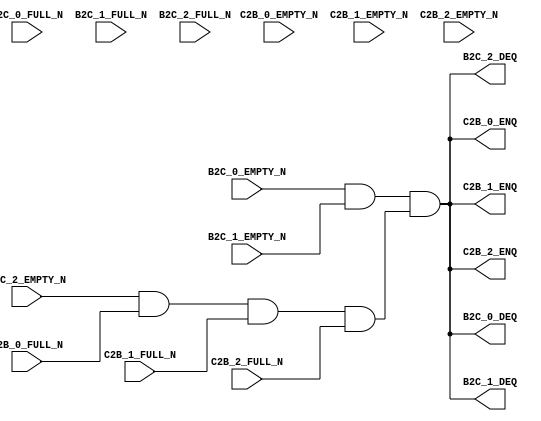
module mkChkNodeCtrl (
      B2C_0_DEQ,
      B2C_0_EMPTY_N,
      B2C_0_FULL_N,
                   
      B2C_1_DEQ,
      B2C_1_EMPTY_N,
      B2C_1_FULL_N,
                   
      B2C_2_DEQ,
      B2C_2_EMPTY_N,
      B2C_2_FULL_N,

      C2B_0_EMPTY_N,
      C2B_0_FULL_N,

      C2B_1_EMPTY_N,
      C2B_1_FULL_N,

      C2B_2_EMPTY_N,
      C2B_2_FULL_N,

      C2B_0_ENQ,
      C2B_1_ENQ,
      C2B_2_ENQ
   );
  output   B2C_0_DEQ;
  output   B2C_1_DEQ;
  output   B2C_2_DEQ;
  output   C2B_0_ENQ;
  output   C2B_1_ENQ;
  output   C2B_2_ENQ;

  input    B2C_0_EMPTY_N;
  input    B2C_0_FULL_N;
                  
  input    B2C_1_EMPTY_N;
  input    B2C_1_FULL_N;
                  
  input    B2C_2_EMPTY_N;
  input    B2C_2_FULL_N;

  input    C2B_0_EMPTY_N;
  input    C2B_0_FULL_N;

  input    C2B_1_EMPTY_N;
  input    C2B_1_FULL_N;

  input    C2B_2_EMPTY_N;
  input    C2B_2_FULL_N;


  // signals for module outputs
  wire   B2C_0_DEQ;
  wire   B2C_1_DEQ;
  wire   B2C_2_DEQ;
  wire   C2B_0_ENQ;
  wire   C2B_1_ENQ;
  wire   C2B_2_ENQ;

  wire CAN_FIRE_RL_rlProcessIteration;
  wire vffB2C_2_i_notEmpty_AND_vffC2B_0_i_notFull_AND_ETC___d9;

  // submodule vffB2C_0
  assign B2C_0_DEQ  = CAN_FIRE_RL_rlProcessIteration ;

  // submodule vffB2C_1
  assign B2C_1_DEQ  = CAN_FIRE_RL_rlProcessIteration ;

  // submodule vffB2C_2
  assign B2C_2_DEQ  = CAN_FIRE_RL_rlProcessIteration ;

  // rule RL_rlProcessIteration
  assign CAN_FIRE_RL_rlProcessIteration =
	     B2C_0_EMPTY_N && B2C_1_EMPTY_N &&
	     vffB2C_2_i_notEmpty_AND_vffC2B_0_i_notFull_AND_ETC___d9 ;

  assign vffB2C_2_i_notEmpty_AND_vffC2B_0_i_notFull_AND_ETC___d9 =
	     B2C_2_EMPTY_N && C2B_0_FULL_N && C2B_1_FULL_N && C2B_2_FULL_N ;
  assign C2B_0_ENQ =
	     B2C_0_EMPTY_N && B2C_1_EMPTY_N &&
	     vffB2C_2_i_notEmpty_AND_vffC2B_0_i_notFull_AND_ETC___d9 ;
  assign C2B_1_ENQ =
	     B2C_0_EMPTY_N && B2C_1_EMPTY_N &&
	     vffB2C_2_i_notEmpty_AND_vffC2B_0_i_notFull_AND_ETC___d9 ;
  assign C2B_2_ENQ =
	     B2C_0_EMPTY_N && B2C_1_EMPTY_N &&
	     vffB2C_2_i_notEmpty_AND_vffC2B_0_i_notFull_AND_ETC___d9 ;
endmodule